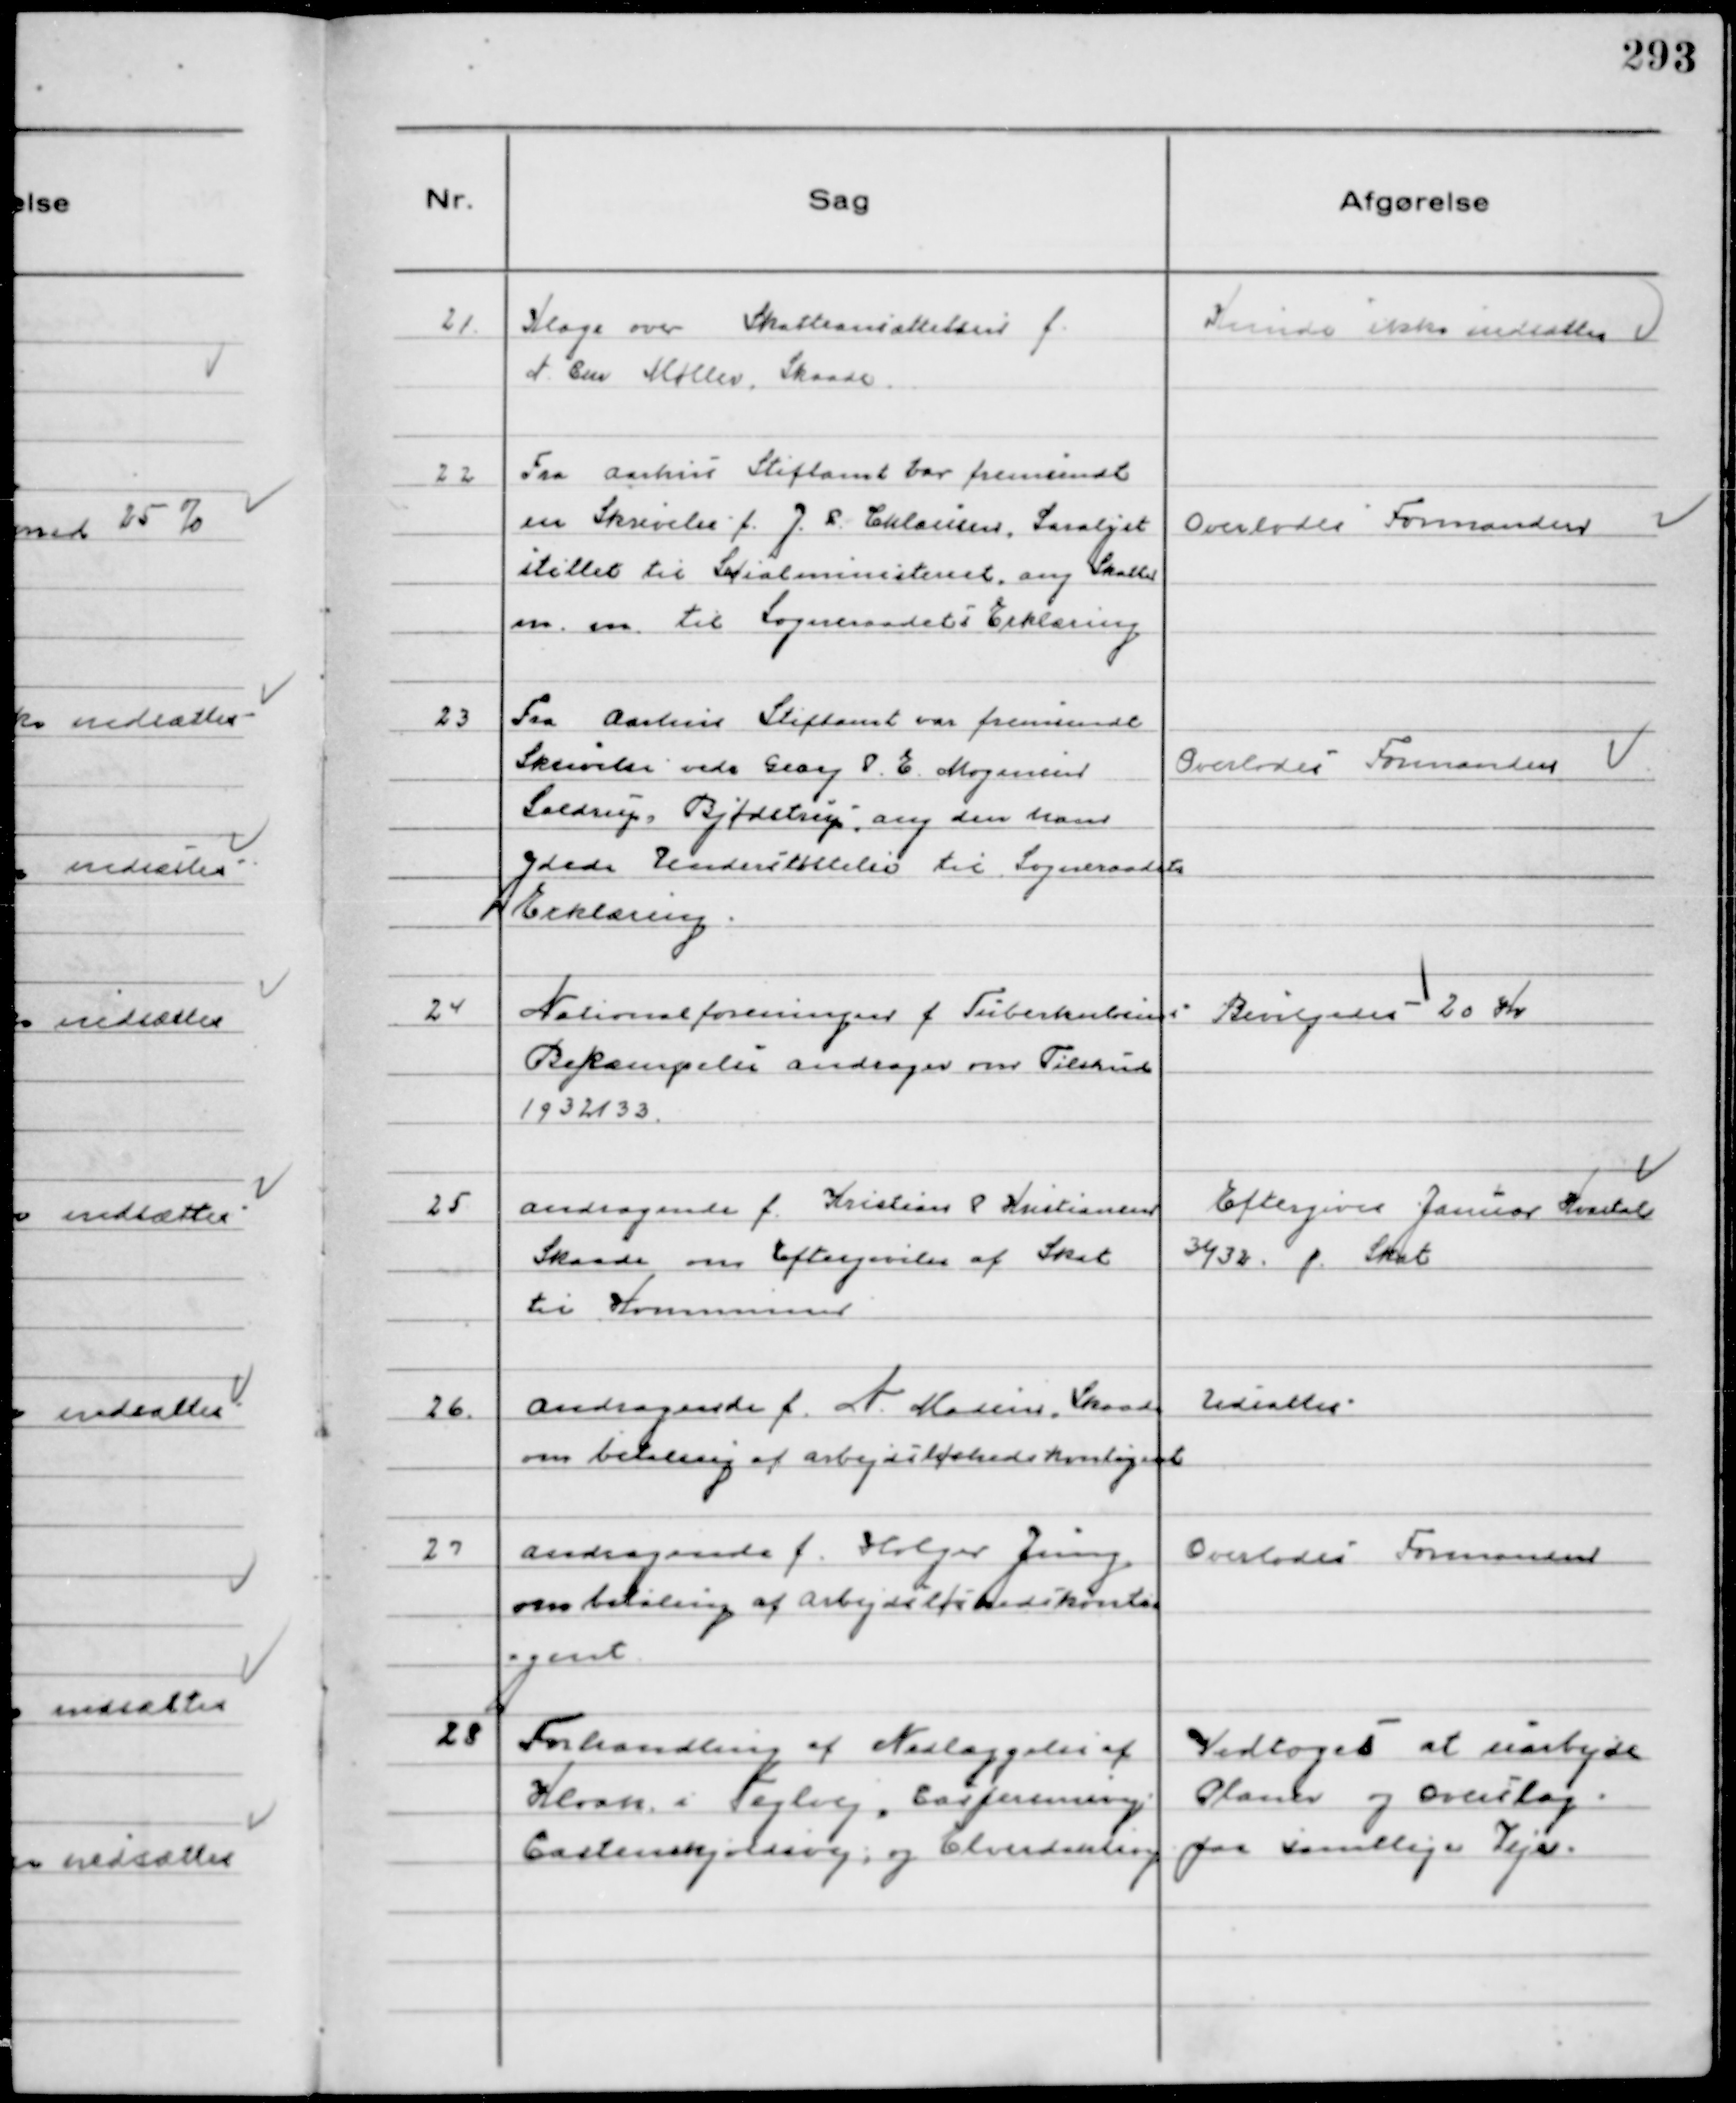
Transskription:
21.
Klage over Skatteansættelsen f.
N. Chr Møller, Skaade.

Kunde ikke nedsættes

22
Fra Aarhus Stiftamt var fremsendt
en Skrivelse f. J. L. Chlausen, Saralyst
stillet til Socialministeriet ang Skatter
m.m. til Sogneraadets Erklæring

Overlodes Formanden

23
Fra Aarhus Stiftamt var fremsendt 
Skrivelse vedr. Georg P. E. Mogensen
Seldrup, Bjødstrup ang den ham
ydede Understøttelse til Sogneraadets
Erklæring

Overlodes Formanden

24
Nationalforeningen f. Tuberkulosens
Bekæmpelse andrager om Tilskud
1932/33.

Bevilgedes 20 Kr

25
Andragende f. Kristian P Kristiansen
 Skaade om Eftergivelse af Skat
til Kommunen

Eftergives Januar Kvartal
31/32 f. Skat

26.
Andragende f. N. Madsen, Skaade
om betaling af arbejdsløshedskontigent

Udsattes

27
Andragende f. Holger Jung
om betaling af arbjdsløshedskontin
gent

Overlodes Formanden

28
Forhandling af Nedlæggelse af
Kloak i Teglvej, Caspersensvej
Castenskjoldsvej og Elverdahlsvej

Vedtoges at uarbejde
Planer og Overslag
paa samtlige Veje.